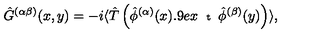
\hat { G } ^ { ( \alpha \beta ) } ( x , y ) = - i \langle \hat { T } \left( \hat { \phi } ^ { ( \alpha ) } ( x ) \displaystyle { \raisebox { 0 . 9 e x } { \scriptsize { t } } } \mathrm { } \hat { \phi } ^ { ( \beta ) } ( y ) \right) \rangle ,